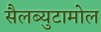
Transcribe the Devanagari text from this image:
सैलब्युटामोल